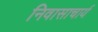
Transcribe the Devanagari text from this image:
निवासाचार्य